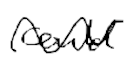
Text: could
Cross-out: wave
Writing tool: digital_black